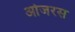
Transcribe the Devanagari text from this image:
ओजरस